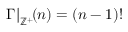
{ \Gamma | } _ { \mathbb { Z } ^ { + } } \! ( n ) = ( n - 1 ) !